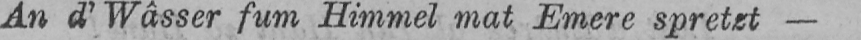
An d’Wâsser fum Himmel mat Emere spretzt -